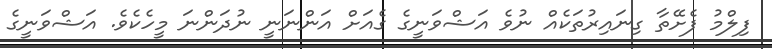
ފިލްމު ފެށޭތާ ގިނައިރުތަކެއް ނުވެ އަޝްވަނީގެ ގެއަށް އަންނަނީ ނުދަންނަ މީހެކެވެ. އަޝްވަނީގެ